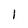
Character: l